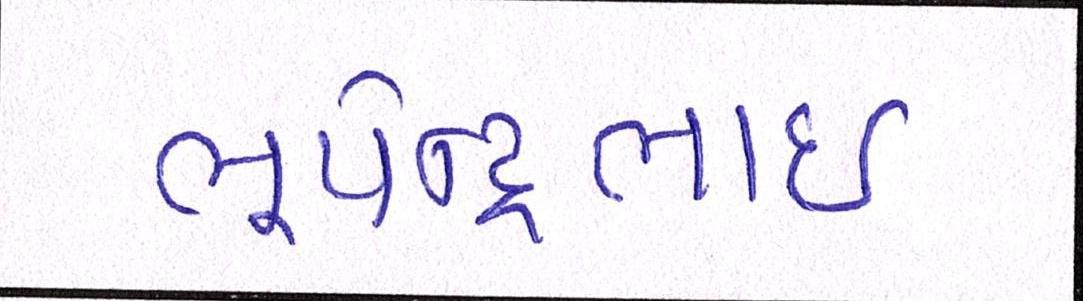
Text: ભૂપેન્દ્રભાઈ